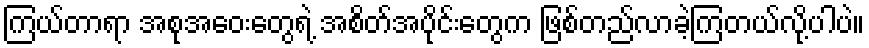
ကြယ်တာရာ အစုအဝေးတွေရဲ့ အစိတ်အပိုင်းတွေက ဖြစ်တည်လာခဲ့ကြတယ်လို့ပါပဲ။